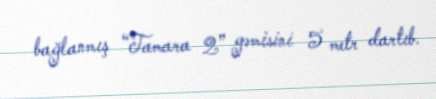
bağlanmış “Tamara 2” gəmisini 5 metr dartıb.